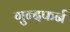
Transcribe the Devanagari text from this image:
गुन्दफर्न